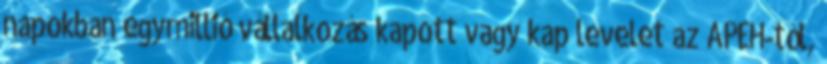
napokban egymillió vállalkozás kapott vagy kap levelet az APEH-tól,